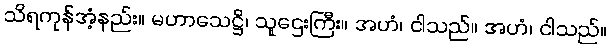
သိရကုန်အံ့နည်း။ မဟာသေဋ္ဌိ၊ သူဌေးကြီး။ အဟံ၊ ငါသည်။ အဟံ၊ ငါသည်။